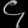
Digit: ၄